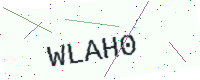
Text: WLAH0